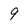
Character: 9